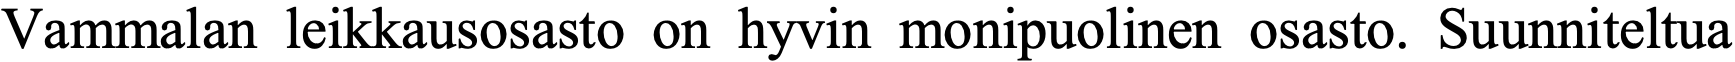
Vammalan  leikkausosasto on hyvin monipuolinen osasto. Suunniteltua